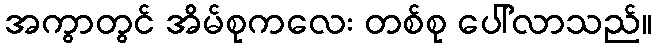
အကွာတွင် အိမ်စုကလေး တစ်စု ပေါ်လာသည်။